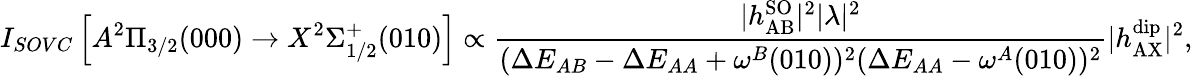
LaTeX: I_{SOVC}\left[A^{2}\Pi_{3/2}(000)\rightarrow X^{2}\Sigma_{1/2}^{+}(010)\right]\propto\frac{|h_{\mathrm{AB}}^{\mathrm{SO}}|^{2}|\lambda|^{2}}{(\Delta E_{AB}-\Delta E_{AA}+\omega^{B}(010))^{2}(\Delta E_{AA}-\omega^{A}(010))^{2}}|h_{\mathrm{AX}}^{\mathrm{dip}}|^{2},